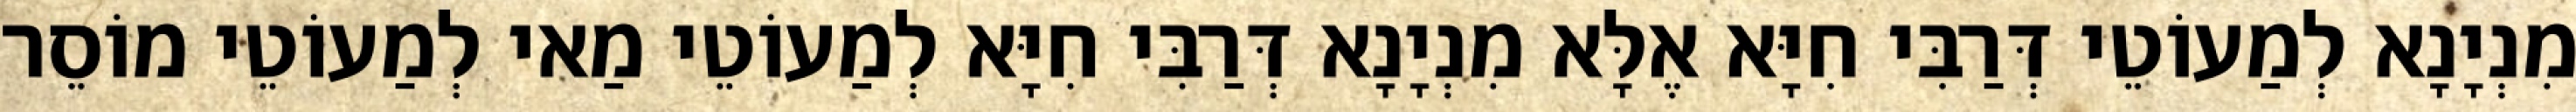
מִנְיָנָא לְמַעוֹטֵי דְּרַבִּי חִיָּא אֶלָּא מִנְיָנָא דְּרַבִּי חִיָּא לְמַעוֹטֵי מַאי לְמַעוֹטֵי מוֹסֵר